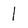
Character: 1